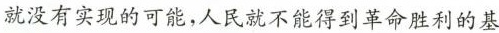
就没有实现的可能，人民就不能得到革命胜利的基